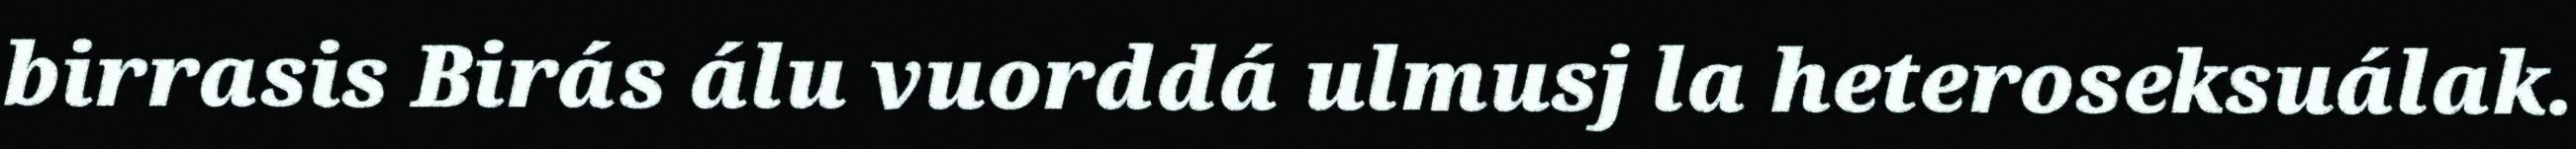
birrasis Birás álu vuorddá ulmusj la heteroseksuálak.